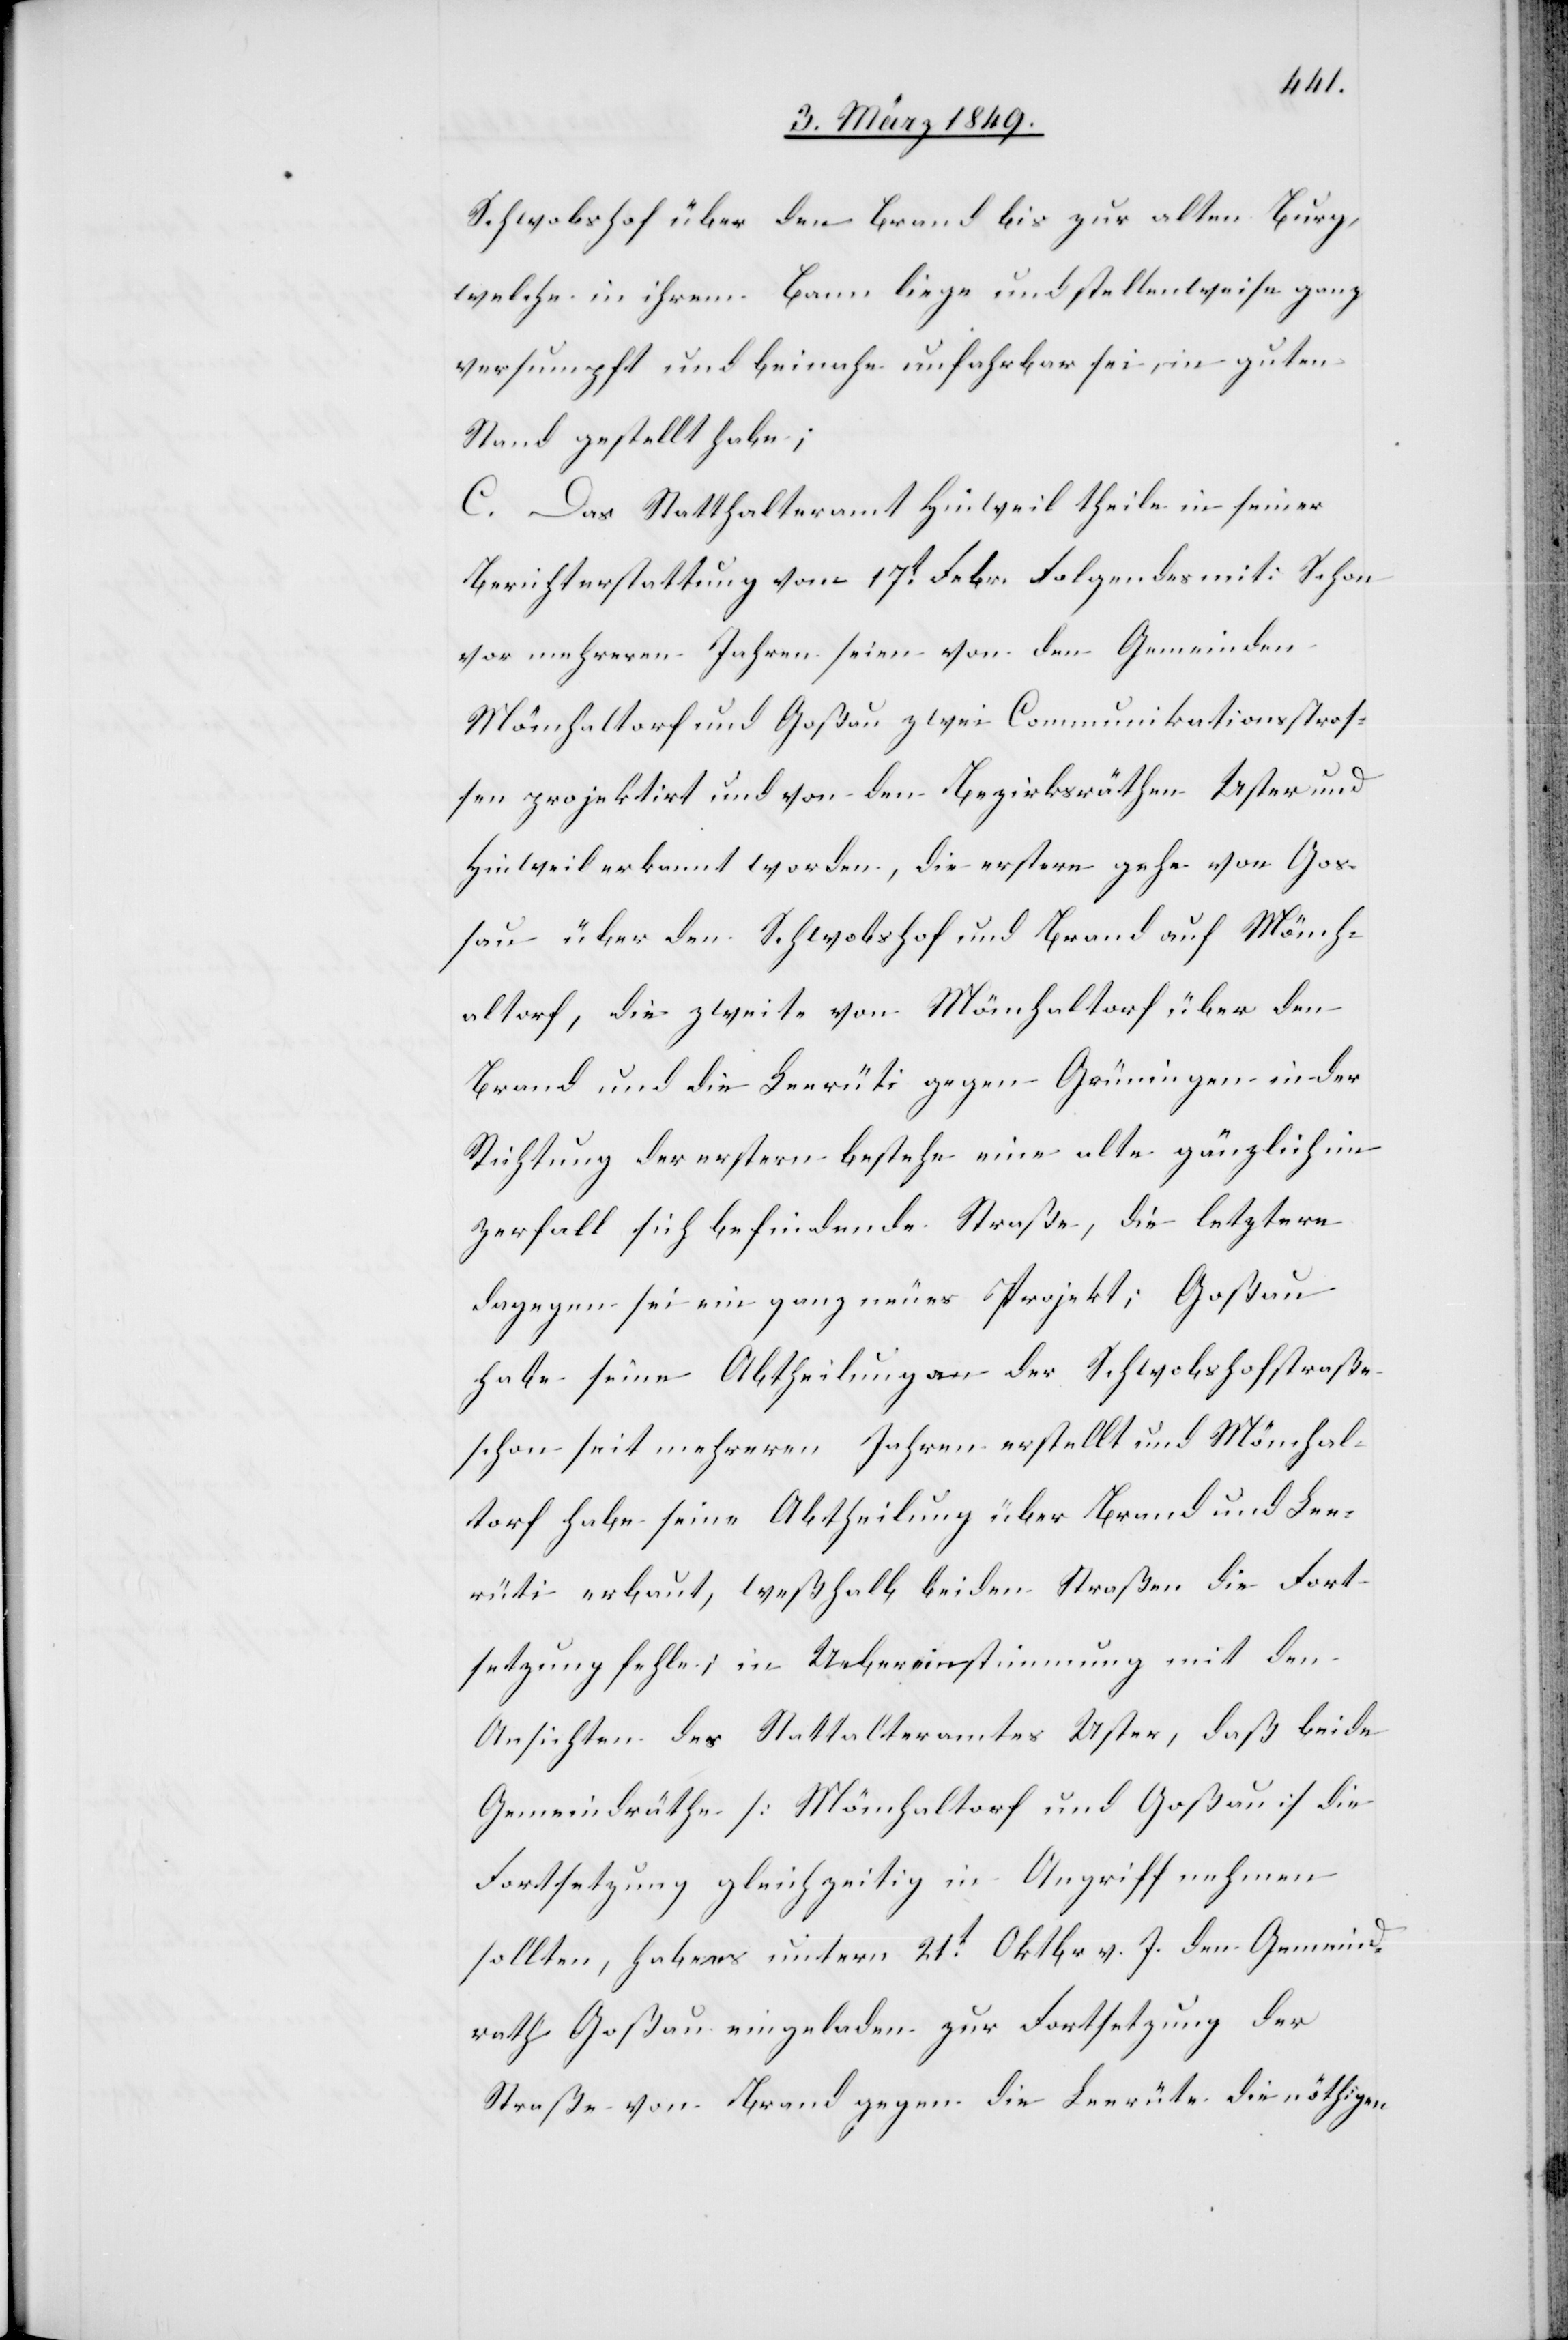
Schwobshof über den Brand bis zur alten Burg
welche in ihrem Bann liege und stellenweise ganz
versumpft und beinahe unfahrbar sei, in guten
Stand gestellt habe;
C. Das Statthalteramt Hinweil theile in seiner
Berichterstattung vom 17t. Febr. Folgendes mit: Schon
vor mehreren Jahren seien von den Gemeinden
Mönchaltorf und Goßau zwei Communikationsstraß¬
en projektirt und von den Bezirksräthen Uster und
Hinweil erkannt worden, die erstere gehe von Go¬
ßau über den Schwobshof und Brand auf Mönch¬
altorf, die zweite von Mönchaltorf über den
Brand und die Leerüti gegen Grüningen in der
Richtung der erstern bestehe eine alte gänzlich im
Zerfall sich befindende Straße, die letztere
dagegen sei ein ganz neues Projekt; Goßau
habe seine Abtheilungen an der Schwobshofstraße
schon seit mehreren Jahren erstellt und Mönchal¬
torf habe seine Abtheilung über Brand und Lee¬
rüti erbaut, weßhalb beiden Straßen die Fort¬
setzung fehle; in Uebereinstimmung mit den
Ansichten des Statthalteramtes Uster, daß beide
Gemeindräthe [Mönchaltorf und Goßau] die
Fortsetzung gleichzeitig in Angriff nehmen
sollten, habe [?es] untern [sic!] 21t. Oktbr v. J. den Gemeind¬
rath Goßau eingeladen zur Fortsetzung der
Straße von Brand gegen die Leerüte [sic!] die nöthigen